Report on enteric fever
Disease focus: Fever
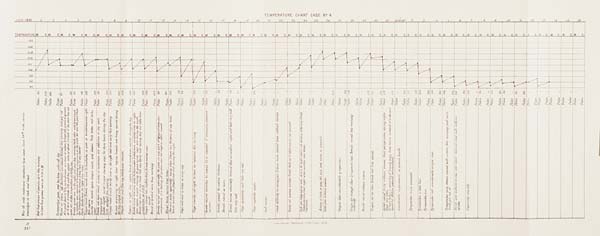
TEMPERATURE CHART CASE No. 4.
B
357
Government Photozinco: Office, Poona 1883.